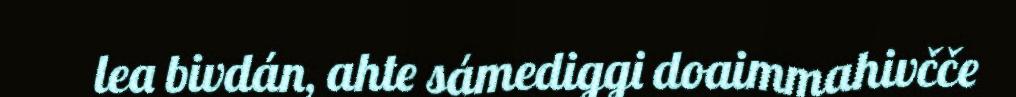
lea bivdán, ahte sámediggi doaimmahivčče